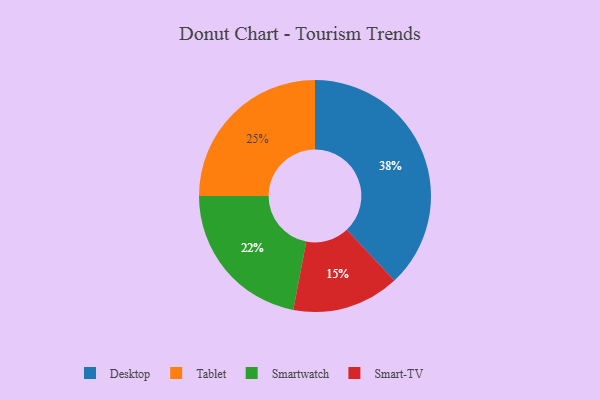
{"axis": {"x": "Category", "y": "Percentage"}, "legend": ["Desktop", "Smart-TV", "Smartwatch", "Tablet"], "data": [{"x": "Tablet", "y": 25, "type": "Tablet"}, {"x": "Desktop", "y": 38, "type": "Desktop"}, {"x": "Smart-TV", "y": 15, "type": "Smart-TV"}, {"x": "Smartwatch", "y": 22, "type": "Smartwatch"}]}